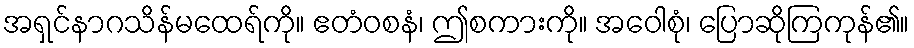
အရှင်နာဂသိန်မထေရ်ကို။ ဧတံဝစနံ၊ ဤစကားကို။ အဝေါစုံ၊ ပြောဆိုကြကုန်၏။